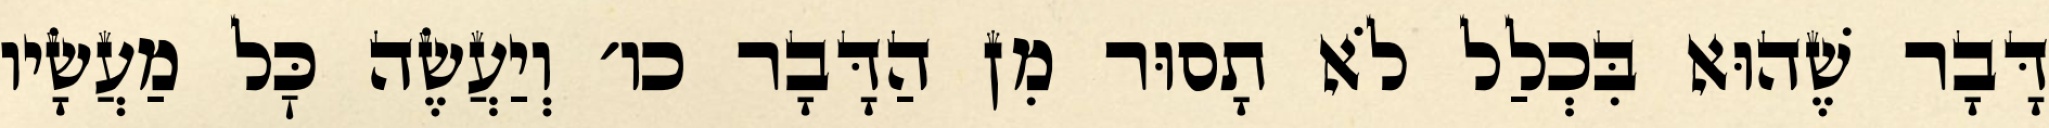
דָּבָר שֶׁהוּא בִּכְלַל לֹא תָסוּר מִן הַדָּבָר כו׳ וְיַעֲשֶׂה כׇּל מַעֲשָׂיו